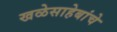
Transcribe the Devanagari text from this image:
खळेसाहेबांचे